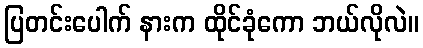
ပြတင်းပေါက် နားက ထိုင်ခုံကော ဘယ်လိုလဲ။